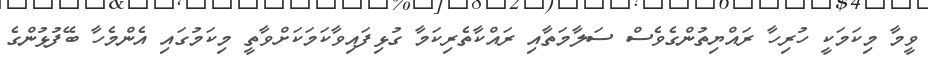
ވީމާ މިކަމަކީ ހުރިހާ ރައްޔިތުންގެވެސް ސަލާމަތާއި ރައްކާތެރިކަމާ ގުޅިފައިވާކަމަކަށްވާތީ މިކަމުގައި އެންމެހާ ބޭފުޅުންގެ